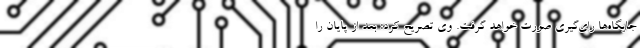
جایگاه‌ها رای‌گیری صورت خواهد گرفت. وی تصریح كرد: بعد از پایان را